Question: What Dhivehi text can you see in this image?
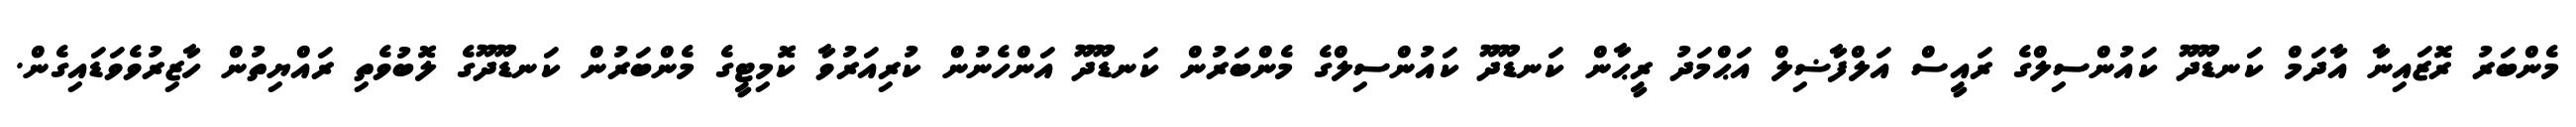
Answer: މެންބަރު ރޮޒައިނާ އާދަމް ކަނޑޫދޫ ކައުންސިލްގެ ރައީސް އަލްފާޟިލް އަޙްމަދު ރީޙާން ކަނޑޫދޫ ކައުންސިލްގެ މެންބަރުން ކަނޑޫދޫ އަންހެނުން ކުރިއަރުވާ ކޮމިޓީގެ މެންބަރުން ކަނޑޫދޫގެ ލޮބުވެތި ރައްޔިތުން ހާޒިރުވެވަޑައިގެން.